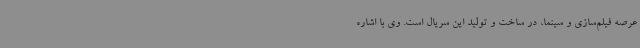
عرصه فیلم‌سازی و سینما، در ساخت و تولید این سریال است. وی با اشاره